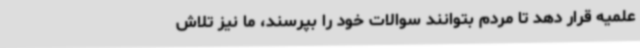
علمیه قرار دهد تا مردم بتوانند سوالات خود را بپرسند، ما نیز تلاش